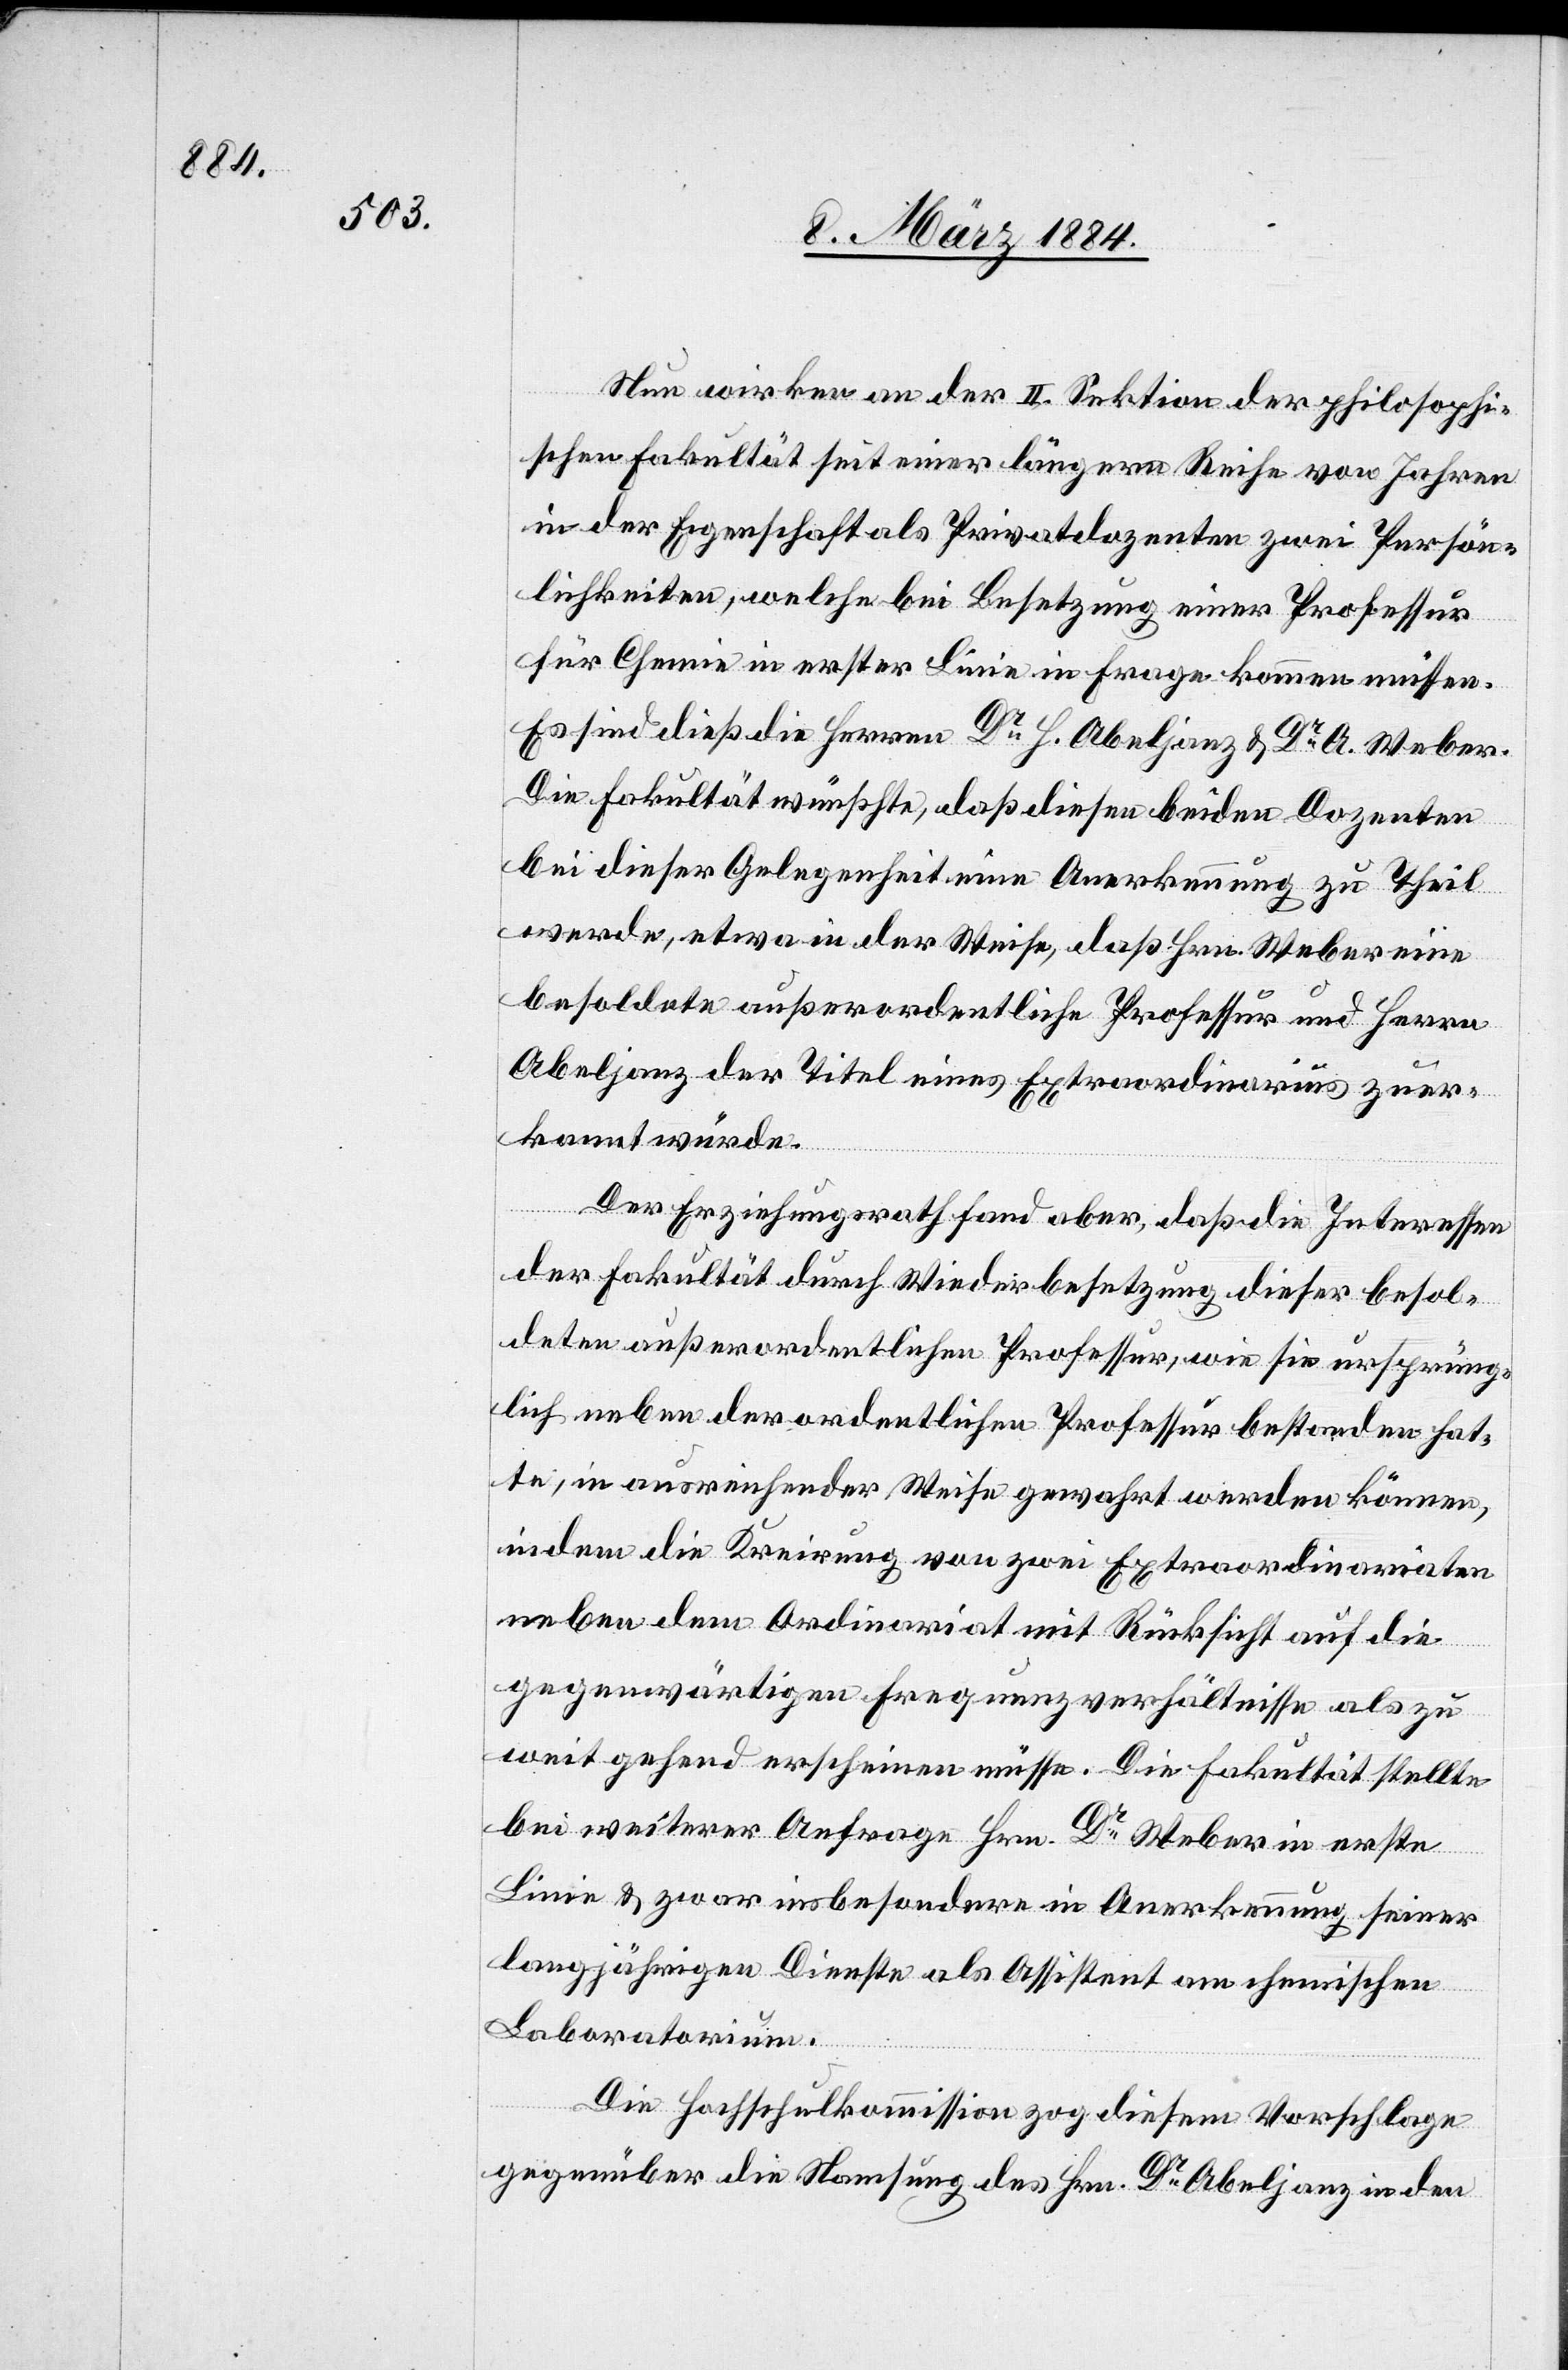
Nun wirken an der II. Sektion der philosophi¬
schen Fakultät seit einer längern Reihe von Jahren
in der Eigenschaft als Privatdozenten zwei Persön¬
lichkeiten, welche bei Besetzung einer Professur
für Chemie in erster Linie in Frage kommen müssen.
Es sind dieß die Herren Dr H. Abeljanz & Dr A. Weber.
Die Fakultät wünschte, daß diesen beiden Dozenten
bei dieser Gelegenheit eine Anerkennung zu Theil
werde, etwa in der Weise, daß Hrn. Weber eine
besoldete außerordentliche Professur und Herrn
Abeljanz der Titel eines Extraordinarius zuer¬
kannt würde.
Der Erziehungsrath fand aber, daß die Interessen
der Fakultät durch Wiederbesetzung dieser besol¬
deten außerordentlichen Professur, wie sie ursprüng¬
lich neben der ordentlichen Professur bestanden hat¬
te, in ausreichender Weise gewährt werden könne,
indem die Kreierung von zwei Extraordinariaten
neben dem Ordinariat mit Rücksicht auf die
gegenwärtigen Frequenzverhältnisse als zu
weit gehend erscheinen müsse. Die Fakultät stelle
bei weiterer Anfrage Hrn. Dr Weber in erste
Linie & zwar insbesondere in Anerkennung seiner
langjährigen Dienste als Assistent am chemischen
Laboratorium.
Die Hochschulkommission zog diesem Vorschlage
gegenüber die Namsung [sic!] des Hrn. Dr Abeljanz in den